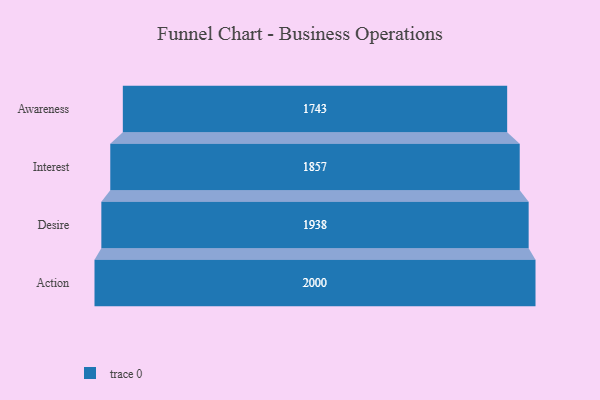
{"axis": {"x": "Stage", "y": "Value"}, "legend": [""], "data": [{"x": "Awareness", "y": 1743.0, "type": ""}, {"x": "Interest", "y": 1857.0, "type": ""}, {"x": "Desire", "y": 1938.0, "type": ""}, {"x": "Action", "y": 2000, "type": ""}]}